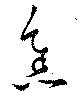
焦